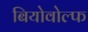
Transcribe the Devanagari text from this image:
बियोवोल्फ